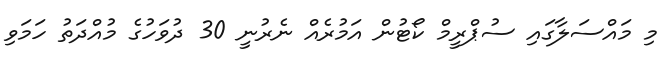
މި މައްސަލާގައި ސުޕްރީމް ކޯޓުން އަމުރެއް ނެރުނީ 30 ދުވަހުގެ މުއްދަތު ހަމަވި